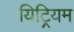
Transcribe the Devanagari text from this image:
यिट्रियम